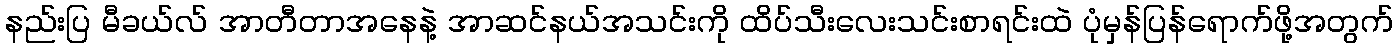
နည်းပြ မီခယ်လ် အာတီတာအနေနဲ့ အာဆင်နယ်အသင်းကို ထိပ်သီးလေးသင်းစာရင်းထဲ ပုံမှန်ပြန်ရောက်ဖို့အတွက်